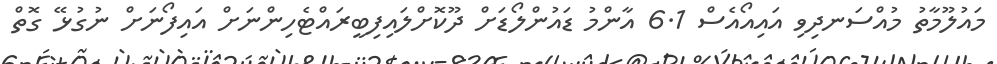
މައުލޫމާތު މުއްސަނދިވި އައިއޯއެސް 6.1 އާންމު ޑައުންލޯޑަށް ދޫކޮށްލައިފިބީރައްޓެހިންނަށް އައިފޯނަށް ނުގުޅޭ ގޮތް